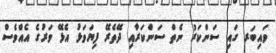
ވައިބަރ ގައި ސަންކަރު ނެތް ސަންކަރާއި ދޭތެރޭ ފިޔަވަޅު އެޅޭ ވަރުގެ އެއްވެސް